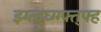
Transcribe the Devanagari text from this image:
झ्ग्त्द्र्घ्ग्ग्फ्त्फ्ह